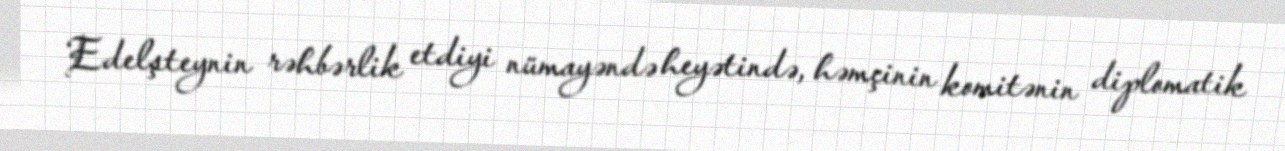
Edelşteynin rəhbərlik etdiyi nümayəndə heyətində, həmçinin komitənin diplomatik